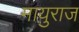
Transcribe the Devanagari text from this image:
मायुराज